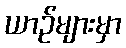
ယာဉ်များမှာ